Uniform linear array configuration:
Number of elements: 12
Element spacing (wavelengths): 0.5
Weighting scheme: hann
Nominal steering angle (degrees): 15
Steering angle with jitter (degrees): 15.665
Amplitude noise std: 0.05
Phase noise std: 0.05

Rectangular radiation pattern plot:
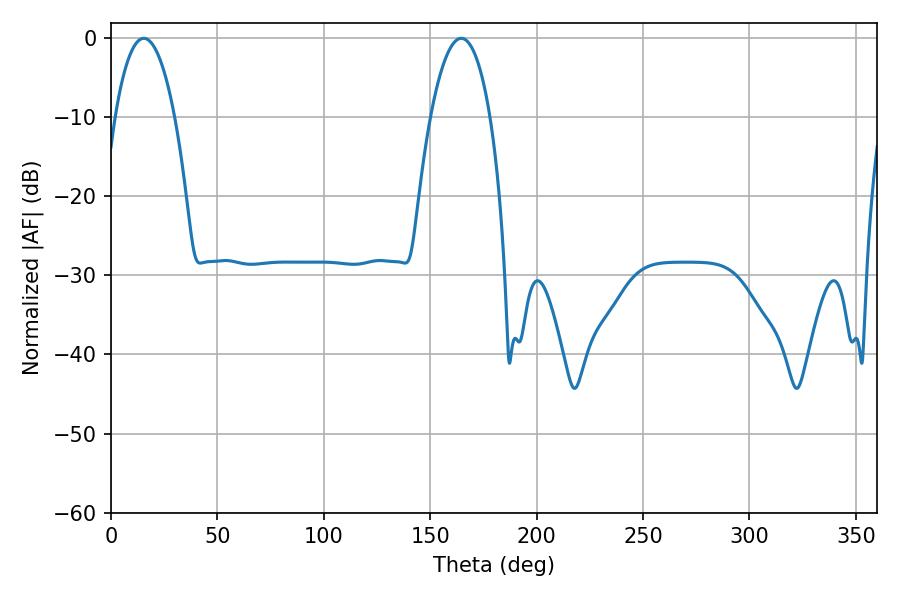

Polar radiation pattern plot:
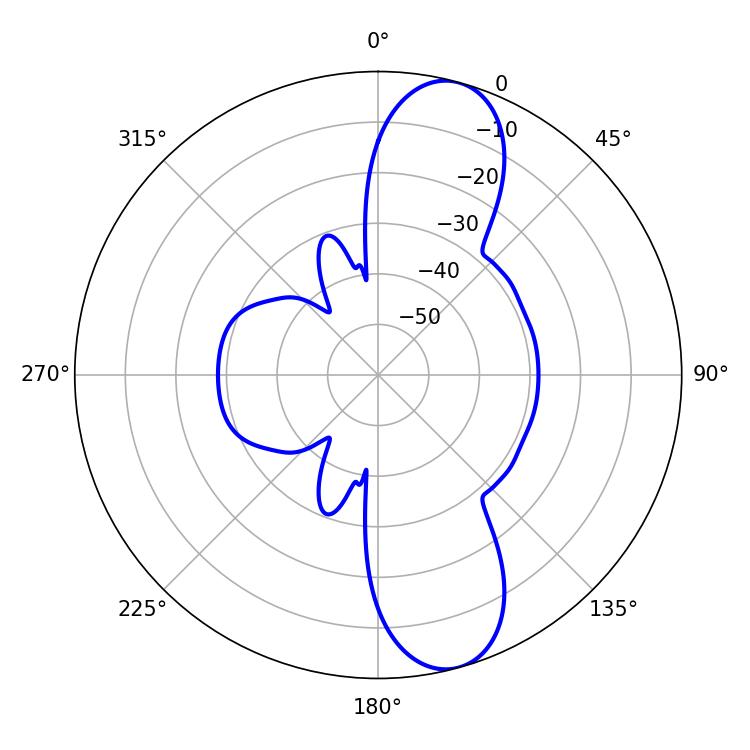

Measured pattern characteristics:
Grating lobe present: FALSE
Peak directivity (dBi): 11.059
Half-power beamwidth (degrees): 15.66
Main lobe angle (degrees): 15.48